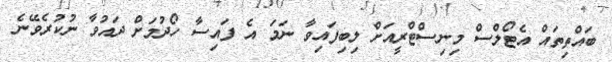
ބައްތިތައް އެޓޯލްސް މިނިސްޓްރީއަށް ލިބިފައިވާ ނަމަ އެ ފައިސާ ހޯދުމަށް ދައުވާ ނުކުރެވޭނެ